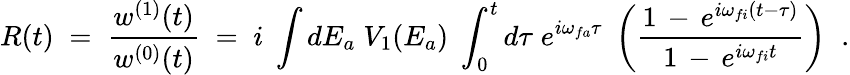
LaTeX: R(t)\; =\; \frac{w^{(1)}(t)}{w^{(0)}(t)}\; =\; i\; \int dE_{a}\; V_{1}(E_{a})\; \int_{0}^{t}d\tau\; e^{i\omega_{fa}\tau}\; \left(\frac{1\, -\, e^{i\omega_{fi}(t-\tau)}}{1\, -\, e^{i\omega_{fi}t}}\right)\; \; .